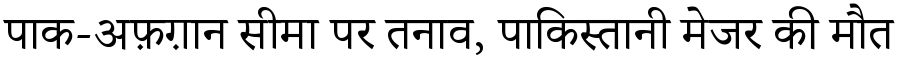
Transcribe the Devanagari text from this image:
पाक-अफ़ग़ान सीमा पर तनाव, पाकिस्तानी मेजर की मौत